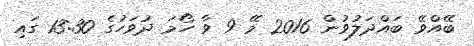
ބޭއްވޭ ބައްދަލުވުން 2016 މޭ 9 ވާ ހޯމަ ދުވަހުގެ 13:30 ގައި